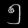
Digit: ၅